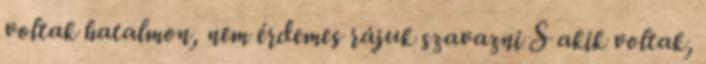
voltak hatalmon, nem érdemes rájuk szavazni S akik voltak,